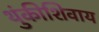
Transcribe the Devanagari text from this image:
थुंकीशिवाय